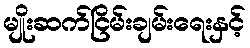
မျိုးဆက်ငြိမ်းချမ်းရေးနှင့်